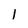
Character: I